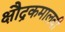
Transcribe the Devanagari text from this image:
क्षौद्रकमालवी